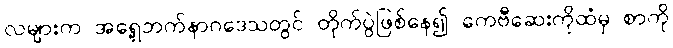
လများက အရှေ့ဘက်နာဂဒေသတွင် တိုက်ပွဲဖြစ်နေ၍ ကေဗီဆေးကိုထံမှ စာကို